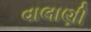
વાલાણી